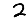
Digit: 2